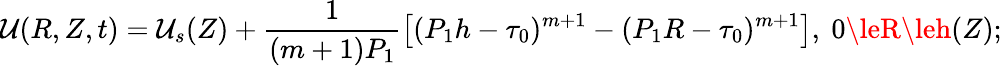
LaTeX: \mathcal{U}(R,Z,t)=\mathcal{U}_{s}(Z)+\frac{{1}}{{(m+1)P_{1}}}\left[(P_{1}h-\tau_{0})^{m+1}-(P_{1}R-\tau_{0})^{m+1}\right],~0\leR\leh(Z);